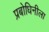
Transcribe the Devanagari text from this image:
प्रबोधिनीला